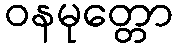
ဝနမုတ္တော